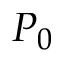
P _ { 0 }